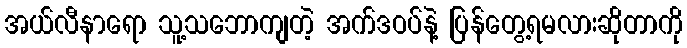
အယ်လီနာရော သူ့သဘောကျတဲ့ အက်ဒဝပ်နဲ့ ပြန်တွေ့ရမလားဆိုတာကို